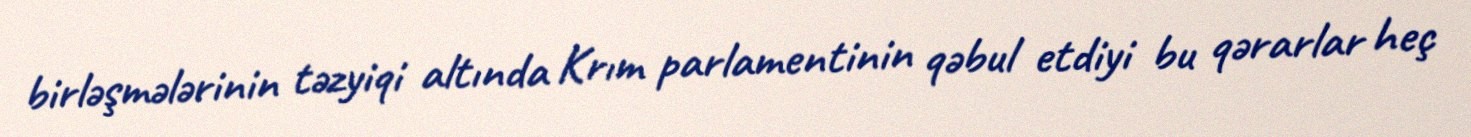
birləşmələrinin təzyiqi altında Krım parlamentinin qəbul etdiyi bu qərarlar heç